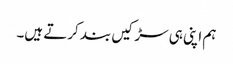
ہم اپنی ہی سڑکیں بند کرتے ہیں۔